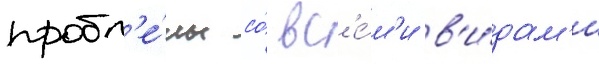
пробл'е́мы со́ вс'е́м'и в'и́дам'и